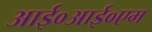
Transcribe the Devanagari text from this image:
आई०आई०एम